Report on malaria in the Punjab during the year ...  together with an account of the work of the Punjab Malaria Bureau - Volume 6
Disease focus: Malaria
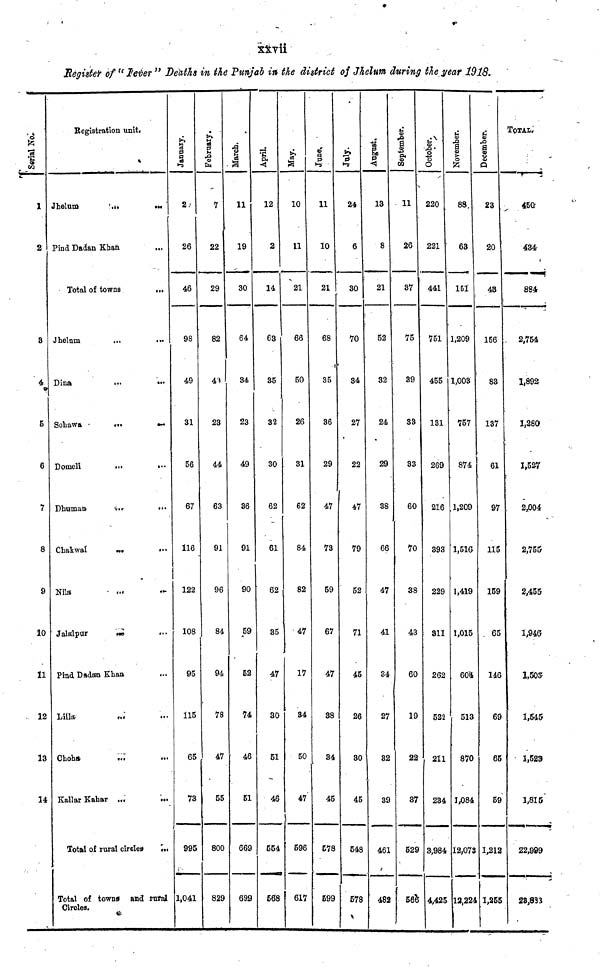
xxvii
Register of " Fever " Deaths in the Punjab in the district of Jhelum during the year 1918.
1
2
3
4
5
6
7
8
9
10
11
12
13
14
Registration unit.
Jhelum
...
Pind Dadan Khan
Total of towns
Jhelum
Dina
Sohawa
Domeli
Dhuman
Chakwal
Nila
Jalalpur
...
...
...
...
...
...
...
...
Pind Dadan Khan
Lilla
Choha
Kallar Kahar
...
...
...
Total of rural circles
...
...
...
...
...
...
...
...
...
...
...
...
...
...
Total of towns and rural
Circles.
January.
26
46
98
49
31
56
67
116
122
108
95
115
65
73
995
1,041
February.
7
22
29
82
49
23
44
63
91
96
84
94
78
47
55
800
829
March
11
19
30
64
34
23
49
36
91
90
59
52
74
46
51
669
699
April.
12
2
14
63
35
32
30
62
61
62
35
47
30
51
46
554
568
May.
10
11
21
66
50
26
31
62
84
82
47
17
34
50
47
596
617
11
10
21
68
35
36
29
47
73
59
67
47
38
34
45
578
599
24
6
30
70
34
27
22
47
79
52
71
45
26
30
45
548
578
13
8
21
52
32
24
29
38
66
47
41
34
27
32
39
461
482
September.
11
26
37
75
39
S3
83
60
70
38
43
60
1
2
37
529
566
October.
220
221
441
751
455
131
269
216
393
229
311
262
522
211
234
3,984
4,425
November.
88
63
151
1,209
1,003
757
874
1,209
1,516
1,419
1,015
604
513
870
1,084
12,073
12,224
December.
23
20
43
156
83
137
61
97
115
159
65
l46
69
65
59
1,212
1,255
TOTAL.
450
434
884
2,754
1,892
1,280
1,527
2,004
2,755
2,455
1,946
1,503
1,545
1,523
1,815
22,999
23,883